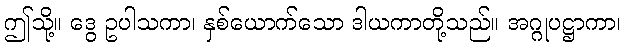
ဤသို့။ ဒွေ ဥပါသကာ၊ နှစ်ယောက်သော ဒါယကာတို့သည်။ အဂ္ဂုပဋ္ဌာကာ၊